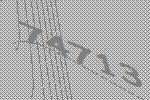
74713